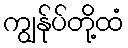
ကျွန်ုပ်တို့ထံ